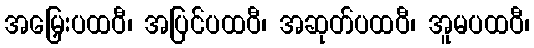
အမြှေးပထဝီ၊ အပြင်ပထဝီ၊ အဆုတ်ပထဝီ၊ အူမပထဝီ၊